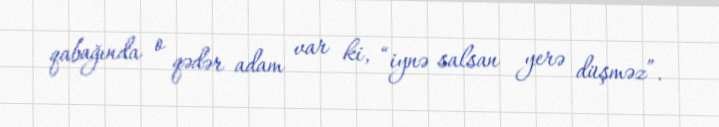
qabağında o qədər adam var ki, “iynə salsan yerə düşməz”.